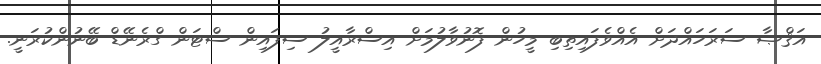
އަޤްޞާ ސަރަހައްދަށް އެއްވެފައިތިބި މީހުން ފޮނުވާލުމަށް އިސްރާއީލު ސިފައިން ސްޓަން ގްރެނޭޑް ބޭނުންކުރަނީ.